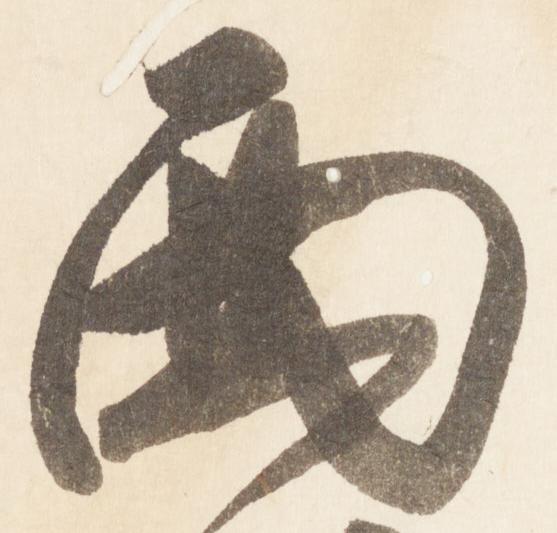
面